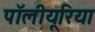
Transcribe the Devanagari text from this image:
पॉलीयूरिया